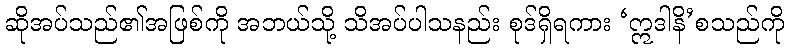
ဆိုအပ်သည်၏အဖြစ်ကို အဘယ်သို့ သိအပ်ပါသနည်း စုဒ်ရှိရကား ‘ဣဒါနိ’စသည်ကို